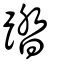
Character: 踏